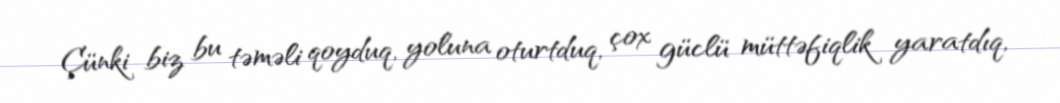
Çünki biz bu təməli qoyduq, yoluna oturtduq, çox güclü müttəfiqlik yaratdıq,